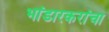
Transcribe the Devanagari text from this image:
भांडारकरांचा